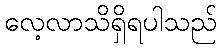
လေ့လာသိရှိရပါသည်